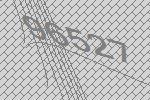
96527